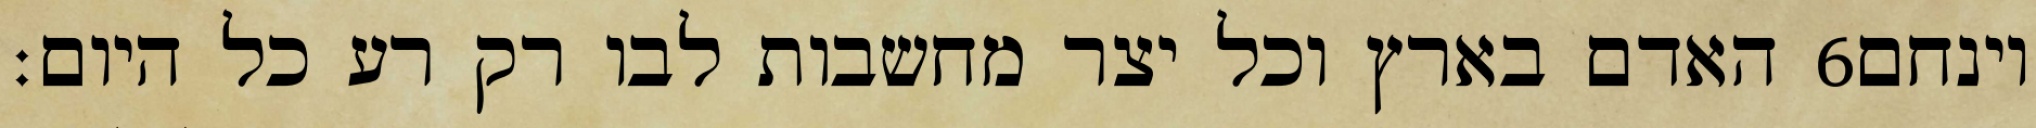
האדם בארץ וכל יצר מחשבות לבו רק רע כל היום׃ ‎6‏ וינחם